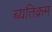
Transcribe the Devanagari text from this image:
ब्यतिक्रम